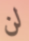
لن